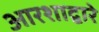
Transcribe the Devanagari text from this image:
आरशाद्वारे